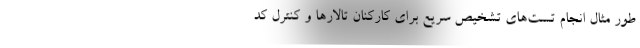
طور مثال انجام تست‌های تشخیص سریع برای کارکنان تالارها و کنترل کد